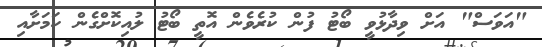
"އަވަސް" އަށް ވިދާޅުވީ ބޯޓު ފުން ކުރެވެން އޮތީ ބޯޓު ލުއިކޮށްގެން ކަމަށާއި